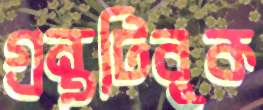
গ্রন্থটিবুক